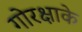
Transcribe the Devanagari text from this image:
गोरक्षाके